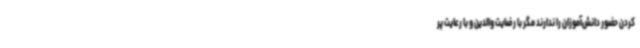
کردن حضور دانش‌آموزان را ندارند مگر با رضایت والدین و با رعایت پر